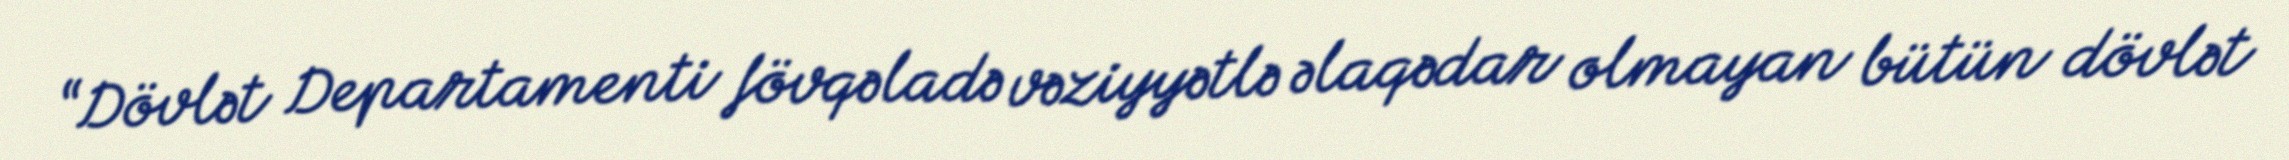
“Dövlət Departamenti fövqəladə vəziyyətlə əlaqədar olmayan bütün dövlət